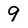
Character: 9